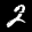
Label: 2